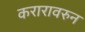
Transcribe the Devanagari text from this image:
करारावरुन